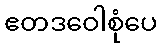
ဧတဒဝေါစုံပေ